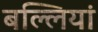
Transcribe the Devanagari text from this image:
बल्लियां